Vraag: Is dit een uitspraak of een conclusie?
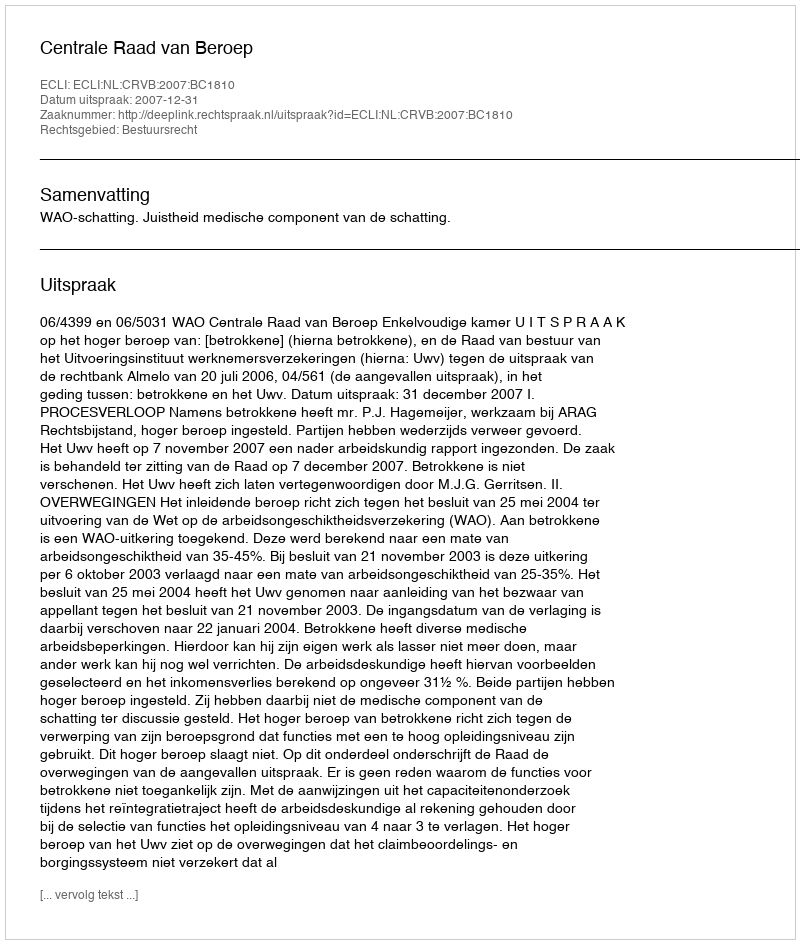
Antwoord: Uitspraak